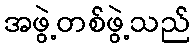
အဖွဲ့တစ်ဖွဲ့သည်